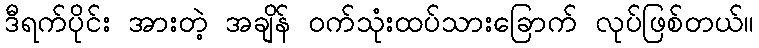
ဒီရက်ပိုင်း အားတဲ့ အချိန် ဝက်သုံးထပ်သားခြောက် လုပ်ဖြစ်တယ်။